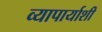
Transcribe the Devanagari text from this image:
व्यापार्याशी